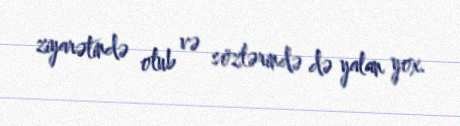
ziyarətində olub və sözlərində də yalan yox.